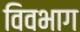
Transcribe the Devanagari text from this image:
विवभाग